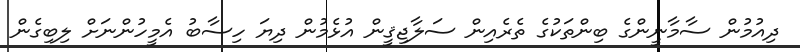
ދިއުމުން ސާމާނީންގެ ބިންތަކުގެ ތެރެއިން ސަލާޖިޤީން އުޅެމުން ދިޔަ ހިސާބު އެމީހުންނަށް ލިބިގެން